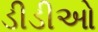
ડીડીઓ